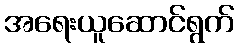
အရေးယူဆောင်ရွက်